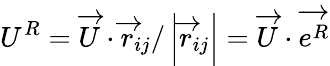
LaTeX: U^{R}=\overrightarrow{U}\cdot\overrightarrow{r}_{ij}/\left|\overrightarrow{r}_{ij}\right|=\overrightarrow{U}\cdot\overrightarrow{e^{R}}